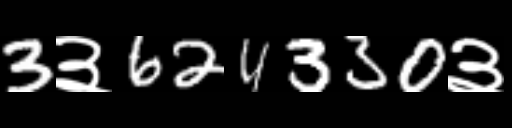
Text: 3३624330३